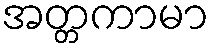
အတ္တကာမာ